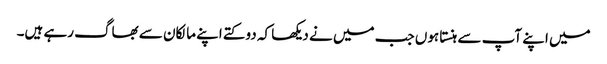
میں اپنے آپ سے ہنستا ہوں جب میں نے دیکھا کہ دو کتے اپنے مالکان سے بھاگ رہے ہیں۔